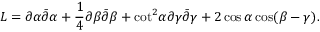
{ \cal L } = \partial \alpha \bar { \partial } \alpha + { \frac { 1 } { 4 } } \partial \beta \bar { \partial } \beta + { \cot } ^ { 2 } \alpha \partial \gamma \bar { \partial } \gamma + 2 \cos \alpha \cos ( \beta - \gamma ) .